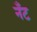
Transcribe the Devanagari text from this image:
नँँट